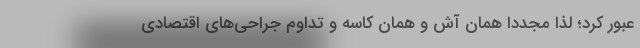
عبور کرد؛ لذا مجددا همان آش و همان کاسه و تداوم جراحی‌های اقتصادی